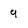
Character: 9